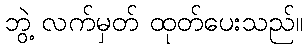
ဘွဲ့ လက်မှတ် ထုတ်ပေးသည်။